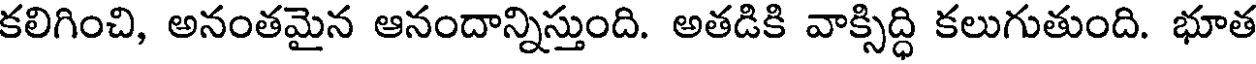
కలిగించి, అనంతమైన ఆనందాన్నిస్తుంది. అతడికి వాక్సిద్ధి కలుగుతుంది. భూత